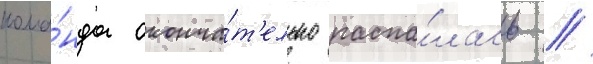
кома́нда оконча́т'ельно распа́лась //